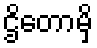
ဌိတောမှိ